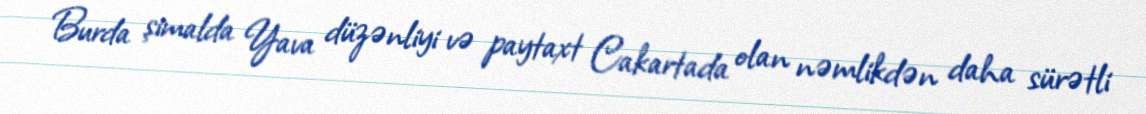
Burda şimalda Yava düzənliyi və paytaxt Cakartada olan nəmlikdən daha sürətli